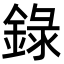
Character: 錄